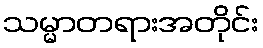
သမ္မာတရားအတိုင်း